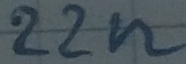
Text: 22n